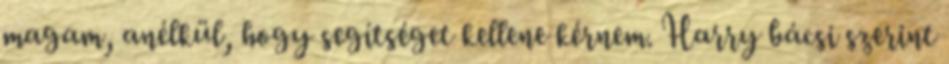
magam, anélkül, hogy segítséget kellene kérnem. Harry bácsi szerint